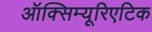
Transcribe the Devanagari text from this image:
ऑक्सिम्यूरिएटिक